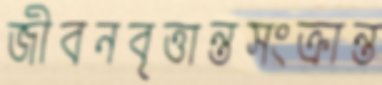
জীবনবৃত্তান্তসংক্রান্ত